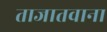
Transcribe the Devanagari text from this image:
ताजातवाना